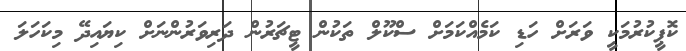
ކޮޕީކުރުމަކީ ވަރަށް ހަޑި ކަމެއްކަމަށް ސްކޫލް ތަކުން ޓީޗަރުން ދަރިވަރުންނަށް ކިޔައިދޭ މިކަހަލަ